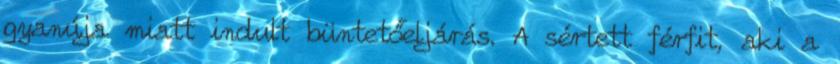
gyanúja miatt indult büntetőeljárás. A sértett férfit, aki a